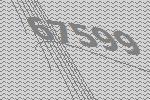
67599